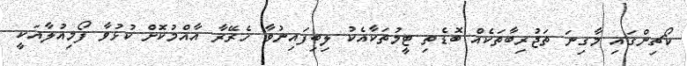
ކޯޗިންގައި މާގިނަ ތަޖުރިބާތަކެއް ބޮޑެތި ޓީމުތަކާއެކު ލިބިފައިނުވާ ހެރޭރާ އާއްމުކޮށް ކުޅުވާ ފޯމިއުލާއަކީ